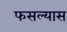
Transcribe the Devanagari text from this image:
फसल्यास